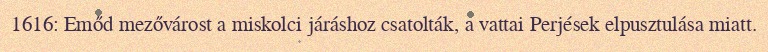
1616: Emőd mezővárost a miskolci járáshoz csatolták, a vattai Perjések elpusztulása miatt.